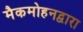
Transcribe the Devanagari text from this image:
मैकमोहनद्वारा